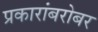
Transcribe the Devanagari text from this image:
प्रकारांबरोबर